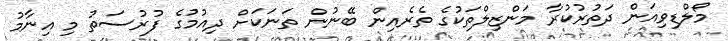
މޯލްޑިވިއަން ދަތުރުކުރާ މަންޒިލްތަކުގެ ތެރެއިން ބޭނުން ތަނަކަށް ދިއުމުގެ ފުރުސަތު މި އިނާމު